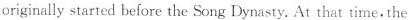
originally started before the Song Dynasty. At that time, the